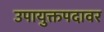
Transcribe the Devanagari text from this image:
उपायुक्तपदावर